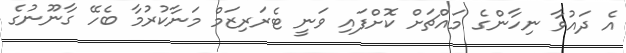
އެ ދައުވާ ނިހާންގެ މައްޗަށް ކޮށްފައި ވަނީ ޓެރަރިޒަމް މަނާކުރުމާ ބެހޭ ގާނޫނުގެ